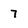
Character: 7